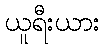
ယူရီးယား